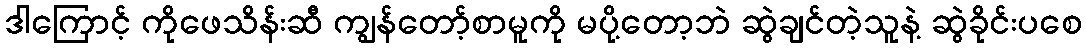
ဒါကြောင့် ကိုဖေသိန်းဆီ ကျွန်တော့်စာမူကို မပို့တော့ဘဲ ဆွဲချင်တဲ့သူနဲ့ ဆွဲခိုင်းပစေ